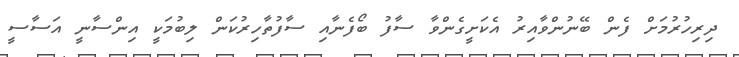
ދިރިހުރުމަށް ފެން ބޭނުންވާއިރު އެކަށީގެންވާ ސާފު ބޯފެނާއި ސާފުތާހިރުކަން ލިބުމަކީ އިންސާނީ އަސާސީ